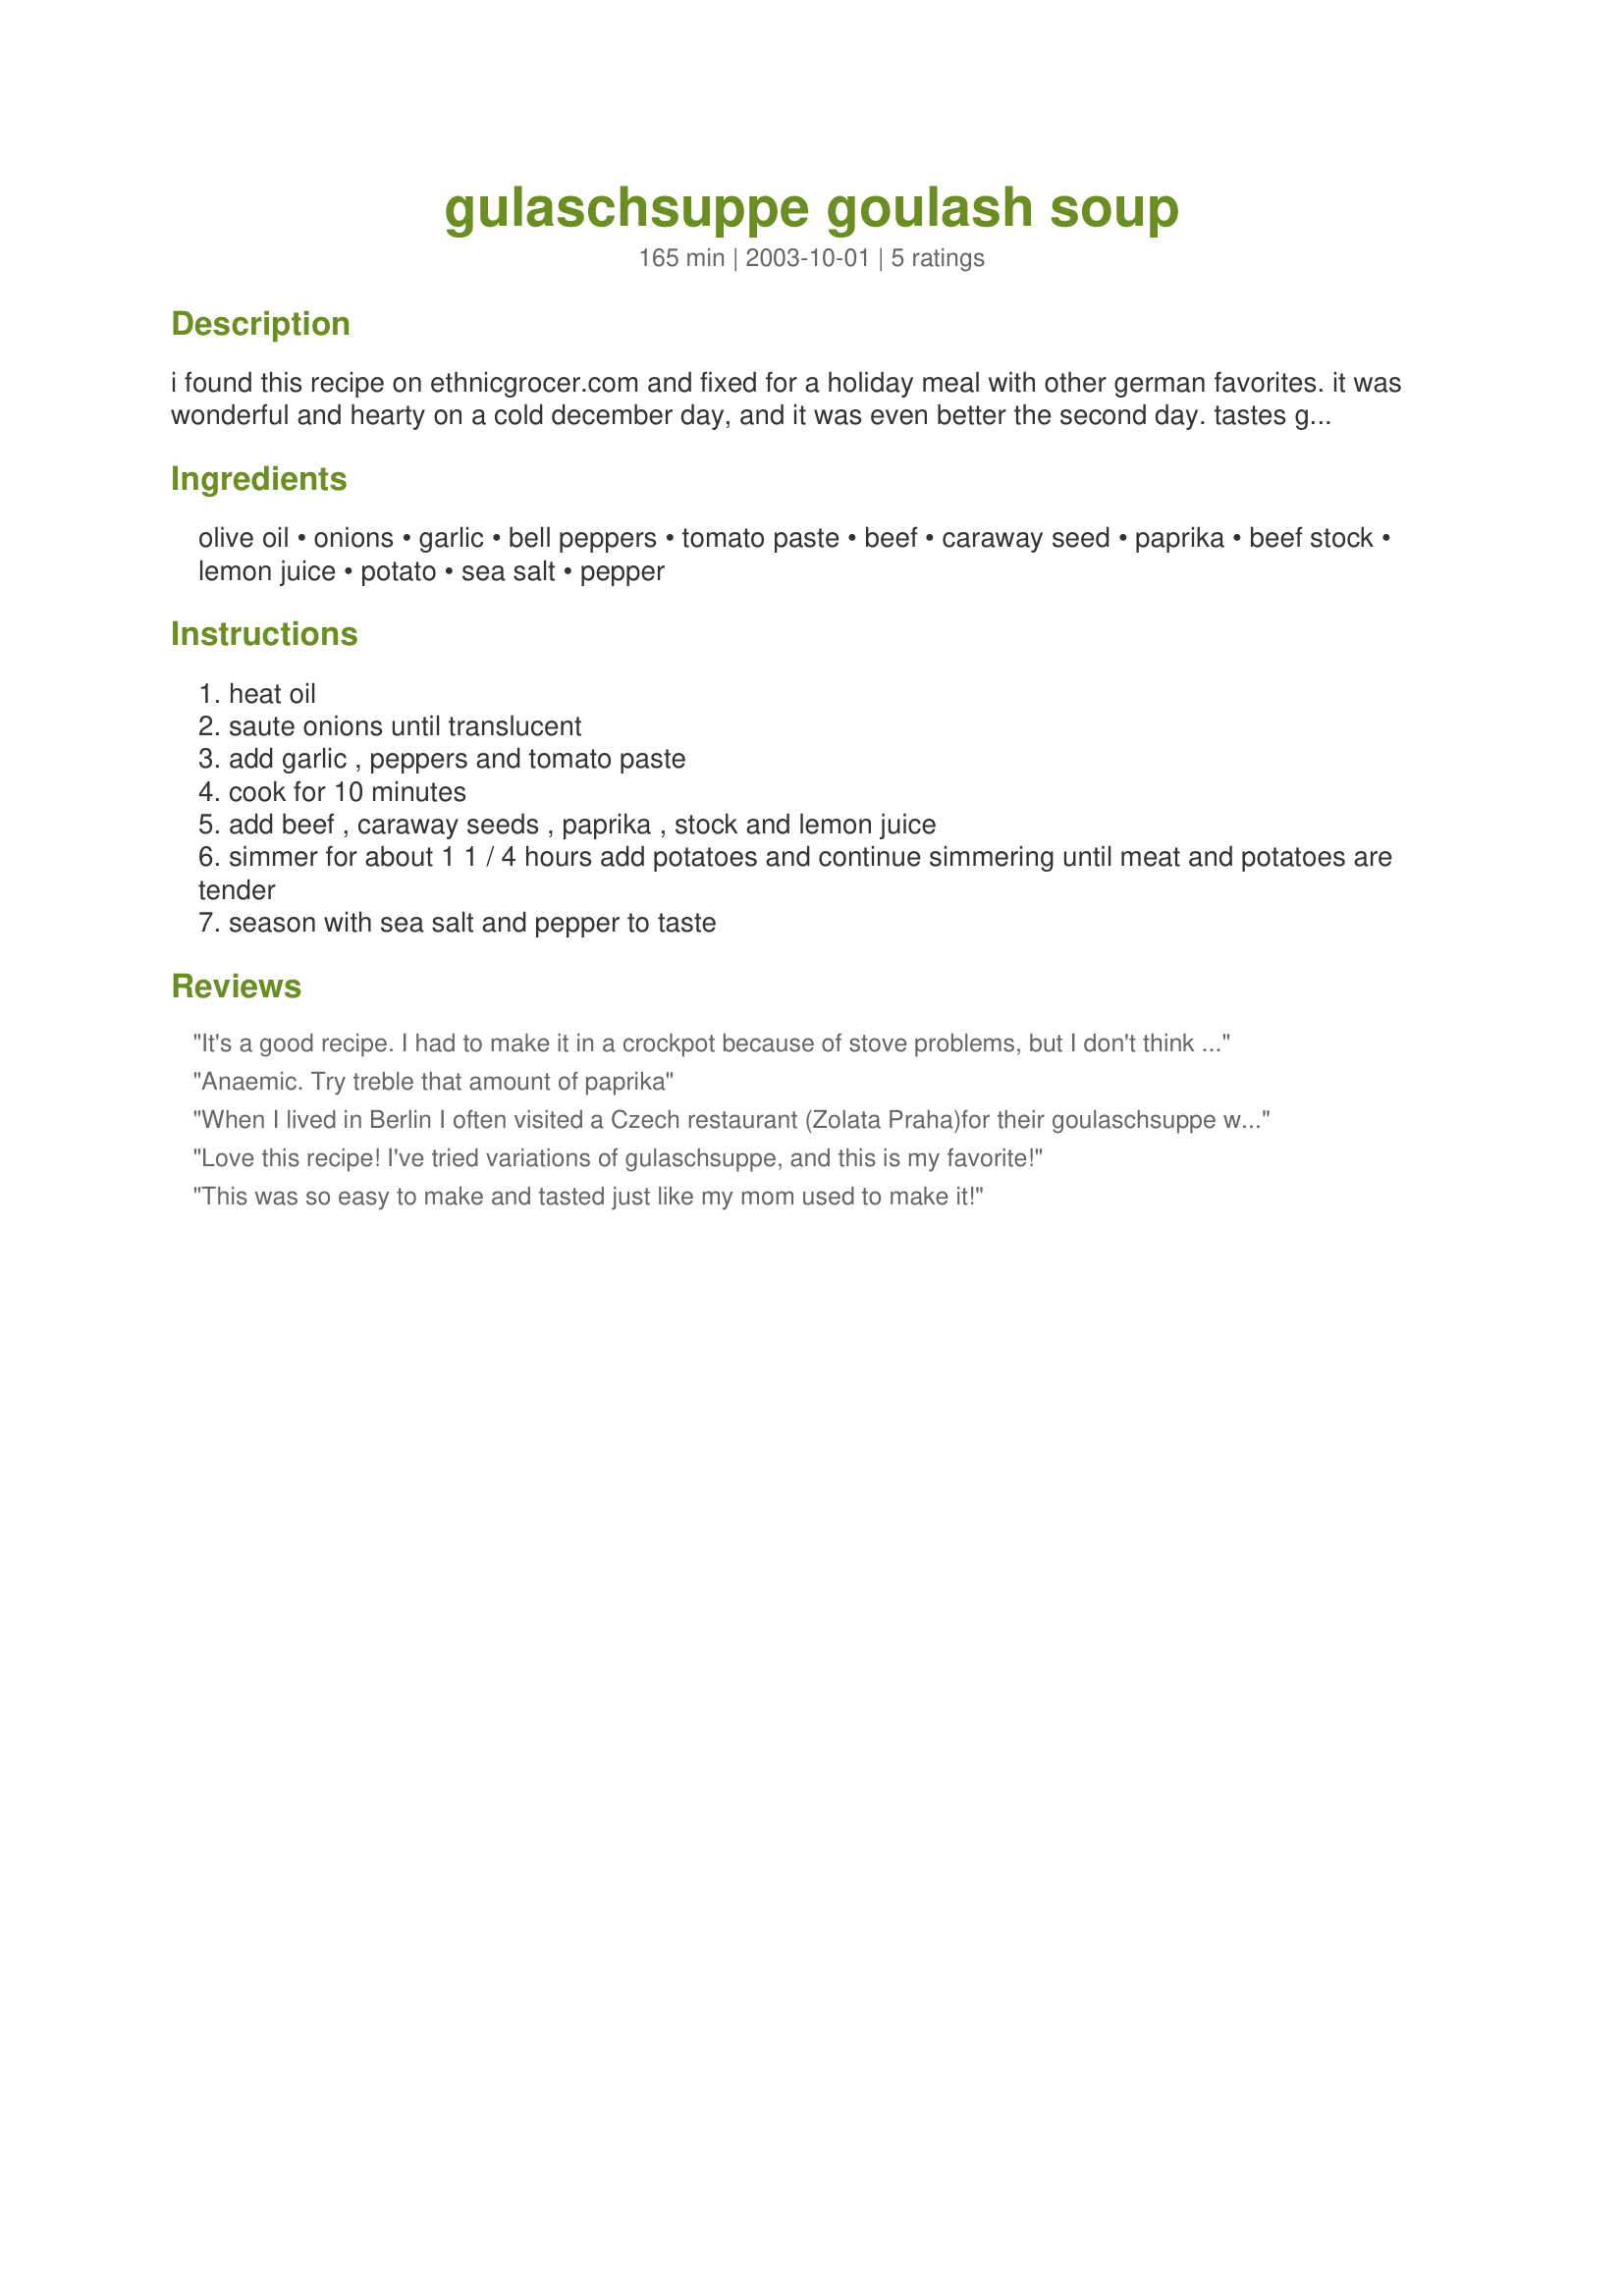
gulaschsuppe goulash soup
Preparation time: 165 minutes

i found this recipe on ethnicgrocer.com and fixed for a holiday meal with other german favorites. it was wonderful and hearty on a cold december day, and it was even better the second day. tastes great with a warm rye bread.

Ingredients:
olive oil, onions, garlic, bell peppers, tomato paste, beef, caraway seed, paprika, beef stock, lemon juice, potato, sea salt, pepper

Steps:
heat oil
saute onions until translucent
add garlic , peppers and tomato paste
cook for 10 minutes
add beef , caraway seeds , paprika , stock and lemon juice
simmer for about 1 1 / 4 hours add potatoes and continue simmering until meat and potatoes are tender
season with sea salt and pepper to taste

Reviews:
It's a good recipe. I had to make it in a crockpot because of stove problems, but I don't think that hurt the outcome. I got compliments and will make it again. I did add more paprika. Thanks for the recipe.
Anaemic. Try treble that amount of paprika
When I lived in Berlin I often visited a Czech restaurant (Zolata Praha)for their goulaschsuppe which after trying this receipe I was transported back to Germany!! The only difference: just before serving, the waiter would float a large table spoon of sauerkraut topped with dollop of sour cream on the soup!
Love this recipe! I've tried variations of gulaschsuppe, and this is my favorite!
This was so easy to make and tasted just like my mom used to make it!
